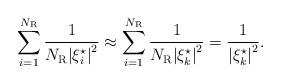
LaTeX: \begin{align*} \sum\limits_{i = 1}^{{N_{\rm{R}}}} {\frac{1}{{{N_{\rm{R}}}{{\left| {\xi _i^\star } \right|}^2}}}} \approx \sum\limits_{i = 1}^{{N_{\rm{R}}}} {\frac{1}{{{N_{\rm{R}}}{{\left| {\xi _k^\star } \right|}^2}}}} = \frac{1}{{{{\left| {\xi _k^\star } \right|}^2}}}.\end{align*}